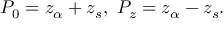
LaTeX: P _ { 0 } = z _ { \alpha } + z _ { s } , \ P _ { z } = z _ { \alpha } - z _ { s } .